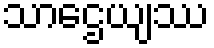
သာဌေယျဿ